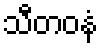
သီတဝနံ